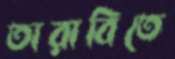
তারাবিতে